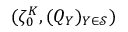
( \zeta _ { 0 } ^ { K } , ( Q _ { Y } ) _ { Y \in \mathcal { S } } )